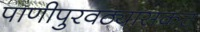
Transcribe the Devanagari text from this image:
पाणीपुरवठ्यासकट